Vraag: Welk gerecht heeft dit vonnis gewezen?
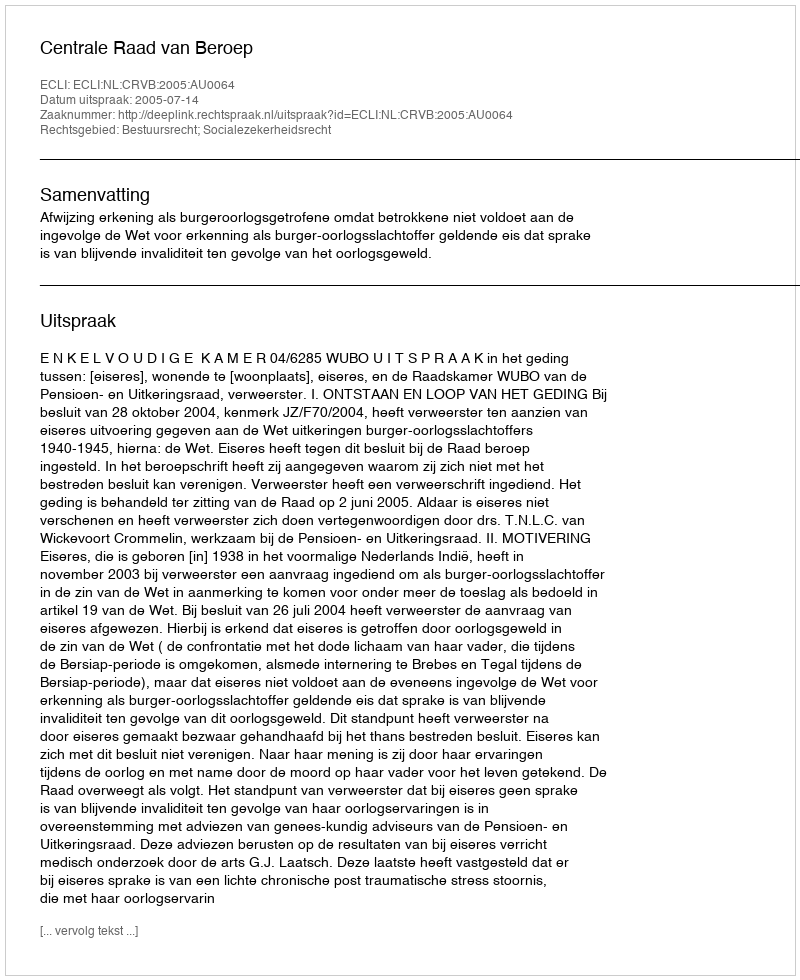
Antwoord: Centrale Raad van Beroep